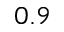
0 . 9